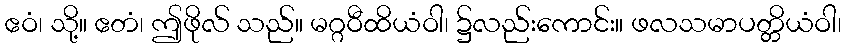
ဧဝံ၊ သို့။ ဧတံ၊ ဤဖိုလ် သည်။ မဂ္ဂဝီထိယံဝါ၊ ၌လည်းကောင်း။ ဖလသမာပတ္တိယံဝါ၊